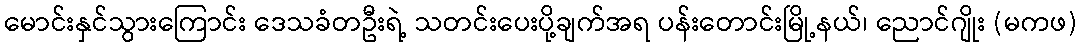
မောင်းနှင်သွားကြောင်း ဒေသခံတဦးရဲ့ သတင်းပေးပို့ချက်အရ ပန်းတောင်းမြို့နယ်၊ ညောင်ဂျိုး (မကဖ)